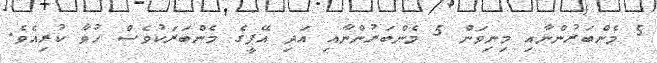
5 މެންބަރުންނާއި މިނިވަން 5 މެންބަރުންނާއި އަދި އޭޕީގެ މެންބަރަކުވެސް ހުވާ ކުރިއެވެ.